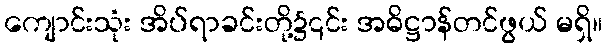
ကျောင်းသုံး အိပ်ရာခင်းတို့၌၎င်း အဓိဋ္ဌာန်တင်ဖွယ် မရှိ။